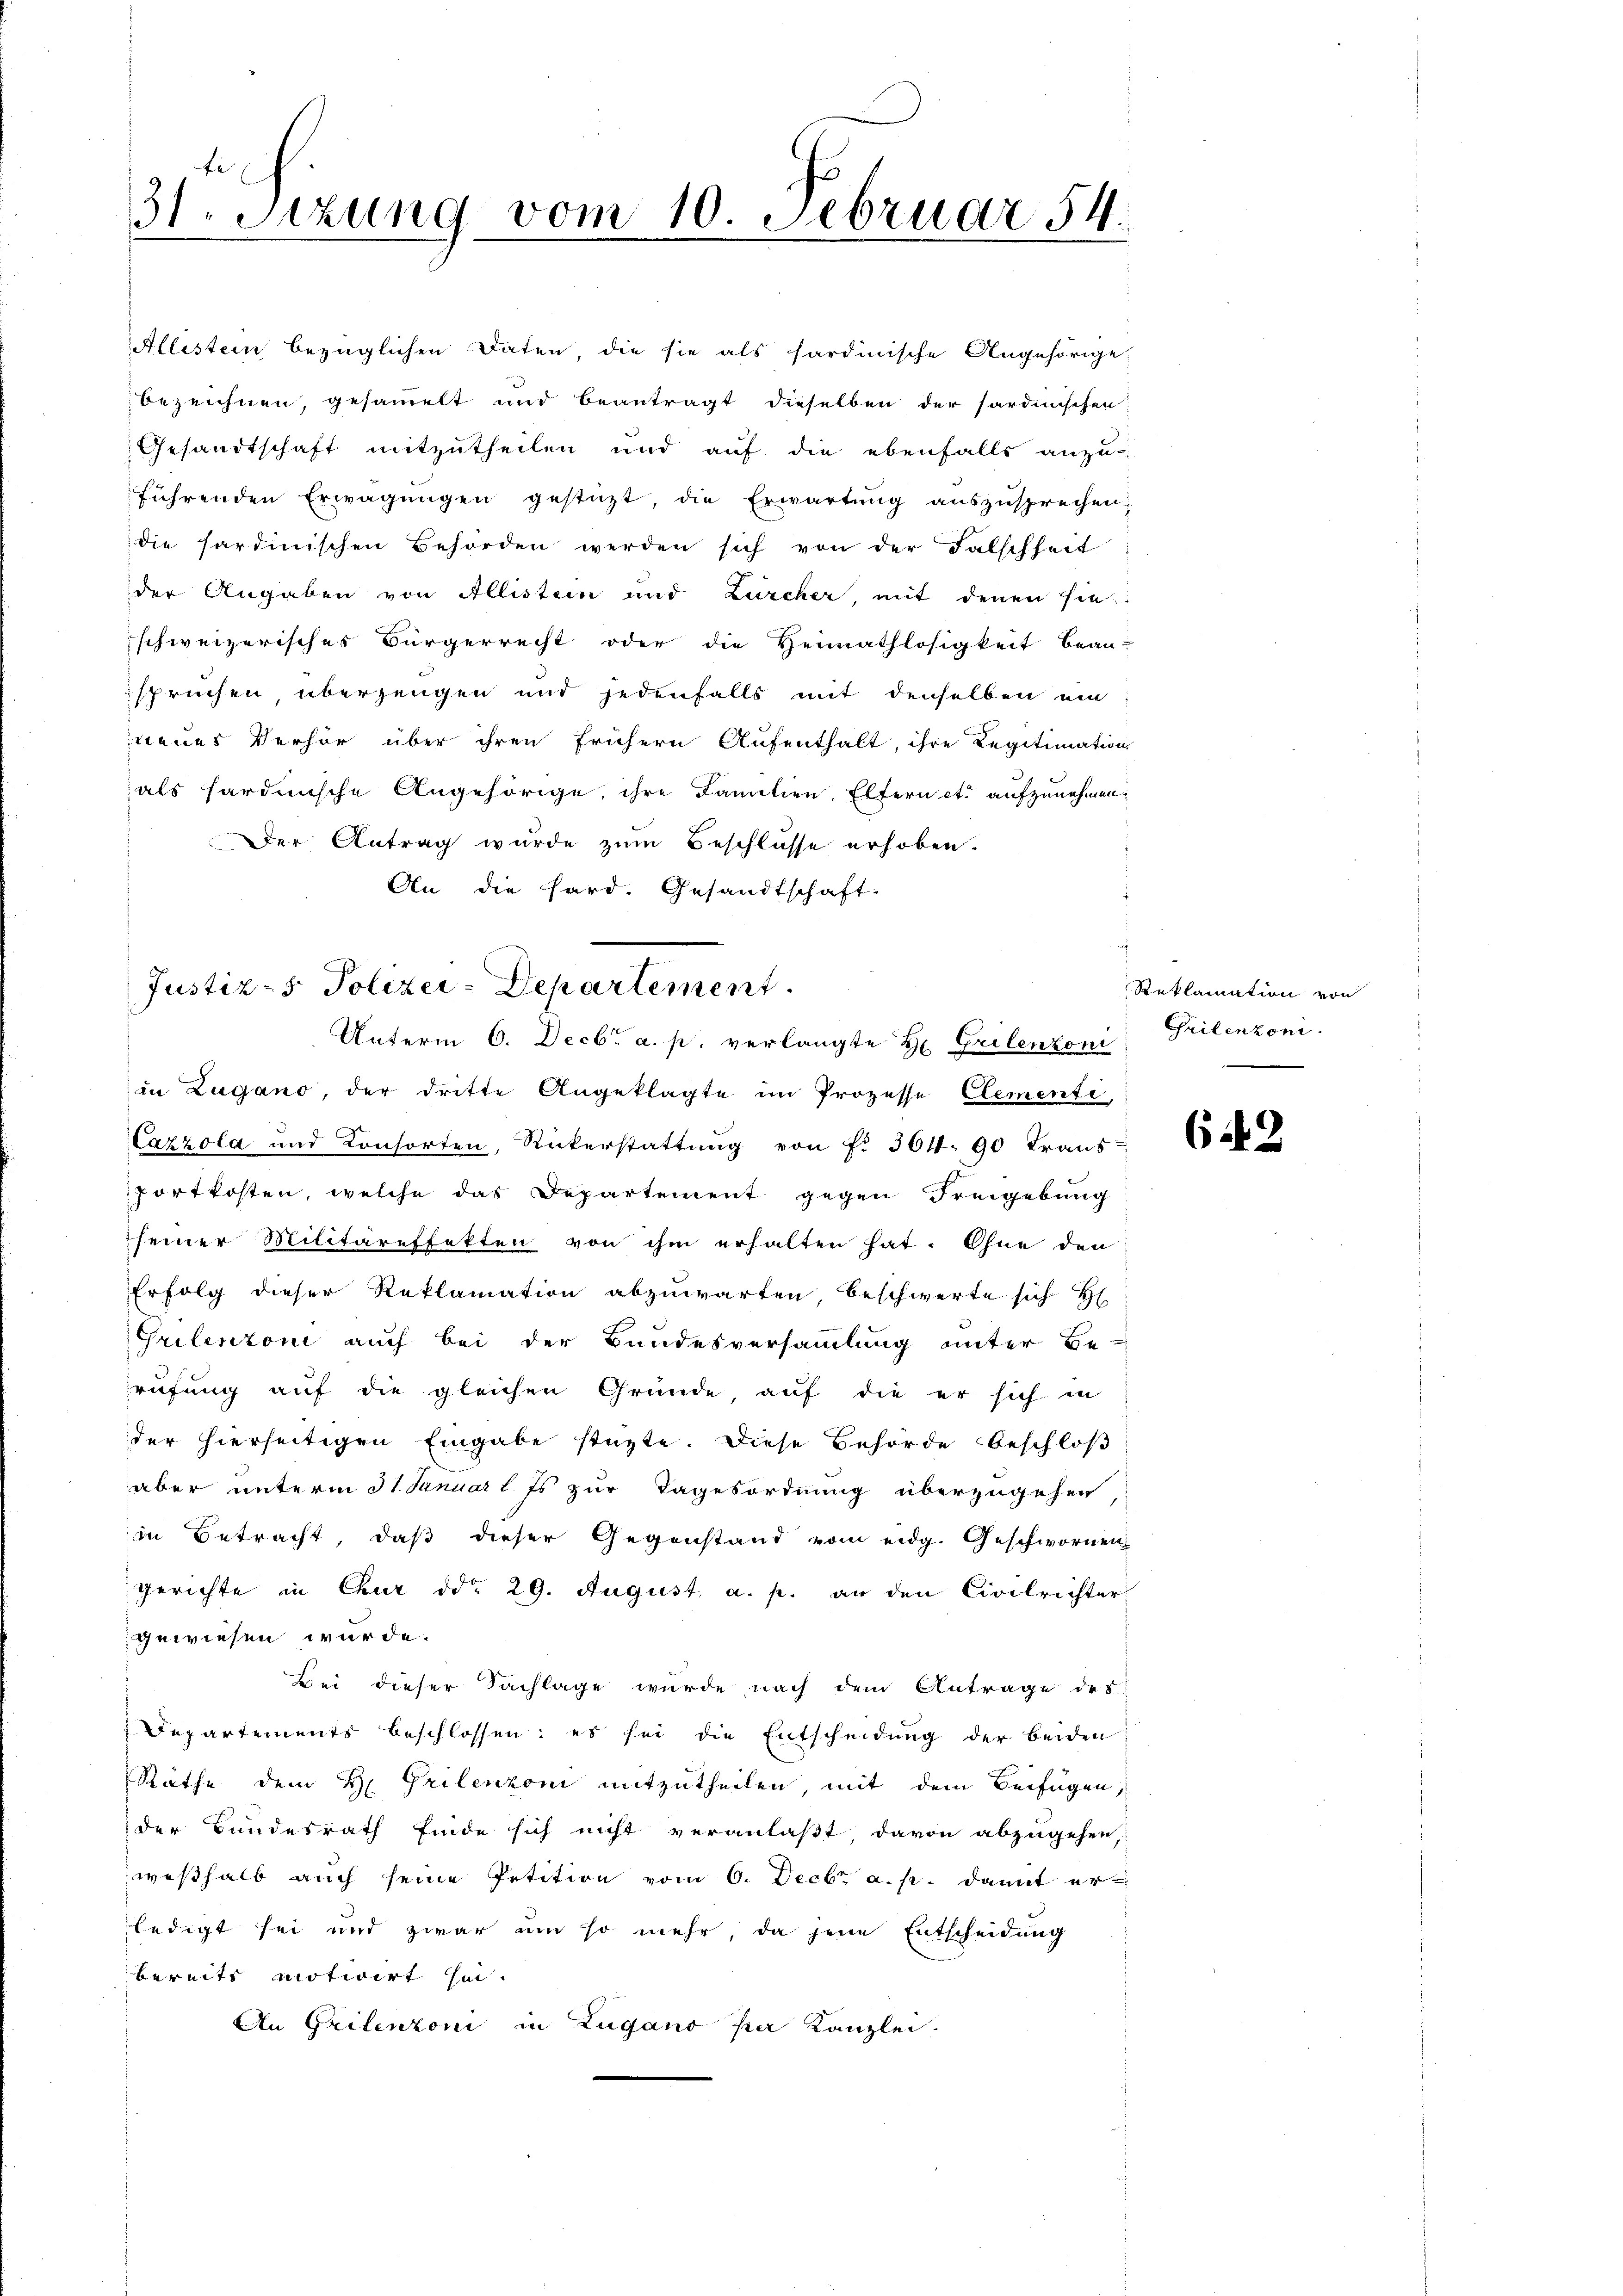
s
31. Sitzung vom 10. Februar 54.

Allestein bezüglichen Daten, die sie als sardinische Angehörige
bezeichnen gesammelt und beantragt dieselben der sardinischen
Gesandtschaft mitzutheilen und auf die ebenfalls anzu-
führenden Erwägŭngen gestatt, die Erwartung auszusprechen;
die sardinischen Behörden werden sich von der Falschheit
der Angaben von Allistern und Zürcher, mit denen sie
schweizerisches Bürgerrecht oder die Heimathlosigkeit bean-
sprüchen überzeugen und jedenfalls mit denselben ein:
nenes Verhör über ihren frühern Aufenthalt, ihre Legitimation
als hardinische Angehörige, ihre Familien, Eltern etc aufzunehmen.
Der Antrag wurde zum Beschlasse erhoben.
An die Hard. Gesandtschaft-
s

Justiz- & Polizei-Departement.
Unterm 6. Decbr a. p. verlangte H. Grilenkom

in Zugano, der dritte Angeklagte im Prozesse Elementi
Cazzola und Konsorten, Rükerstattŭng von f. 301. 90 Trans-
portkosten, welche das Departement gegen Freigebung
seiner Militäreffekten von ihm erhalten hat. Ohne den
Erfolg dieser Reklamation abzuwarten beschwerte sich H
Grilentoni auch bei der Bundesversammlung unter Be-
rufung auf die gleichen Gründe, auf die er sich in
der hierseitigen Eingabe stüzte. Diese Behörde beschloß
aber unterm 31 Januar l. Es zur Tagesordnung überzugehen
in Betracht, daß dieser Gegenstand vom eidg. Geschwornen
Gerichte in Chur ddo 29. August, a. p. an den Civilrichter
gewiesen würde.
Bei dieser Sachlage wurde nach dem Antrage des
Departements beschlossen: es sei die Entscheidung der beiden
Rathe dem H. Grilenzoni mitzutheilen, mit dem Beifügen,
der Bundesrath finde sich nicht veranlaßt davon abzugehen,
weßhalb auch seine Petition vom 6. Decbr. a. p. damit er
ledigt sei und zwar um so mehr, da jene Entscheidung
bereits motivirt hin¬
An Gritentoni in Zugano par Kanzlei-

Reklamation von
Grilenzoni.

62